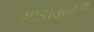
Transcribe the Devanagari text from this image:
गाडीवालेही